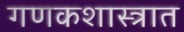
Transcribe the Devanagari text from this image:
गणकशास्त्रात